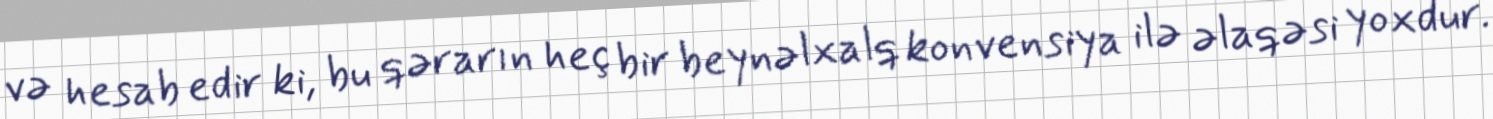
və hesab edir ki, bu qərarın heç bir beynəlxalq konvensiya ilə əlaqəsi yoxdur.